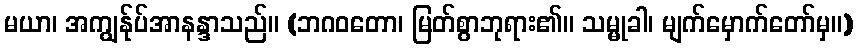
မယာ၊ အကျွန်ုပ်အာနန္ဒာသည်။ (ဘဂဝတော၊ မြတ်စွာဘုရား၏။ သမ္မုခါ၊ မျက်မှောက်တော်မှ။)